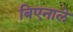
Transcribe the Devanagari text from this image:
बिएनाले